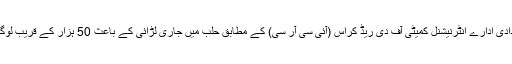
دوسری جانب عالمی امدادی ادارے انٹرنیشنل کمیٹی آف دی ریڈ کراس (آئی سی آر سی) کے مطابق حلب میں جاری لڑائی کے باعث 50 ہزار کے قریب لوگ بے گھر ہو چکے ہیں۔